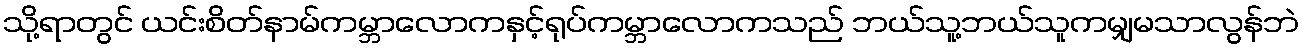
သို့ရာတွင် ယင်းစိတ်နာမ်ကမ္ဘာလောကနှင့်ရုပ်ကမ္ဘာလောကသည် ဘယ်သူ့ဘယ်သူကမျှမသာလွန်ဘဲ